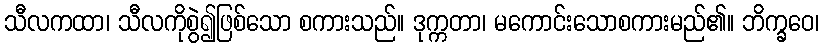
သီလကထာ၊ သီလကိုစွဲ၍ဖြစ်သော စကားသည်။ ဒုက္ကတာ၊ မကောင်းသောစကားမည်၏။ ဘိက္ခဝေ၊